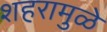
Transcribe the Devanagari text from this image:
शहरामुळे